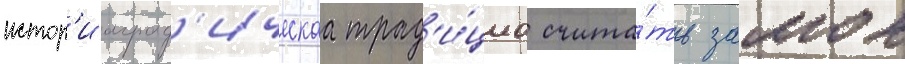
истор'иограф'ическаа трад'и́циа счита́ть замок